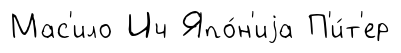
Мас'ило Ич Япо́н'иjа П'и́т'ер